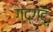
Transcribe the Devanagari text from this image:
गद्गद्